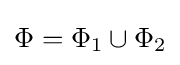
\Phi =\Phi _{1}\cup \Phi _{2}